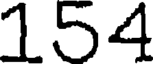
154